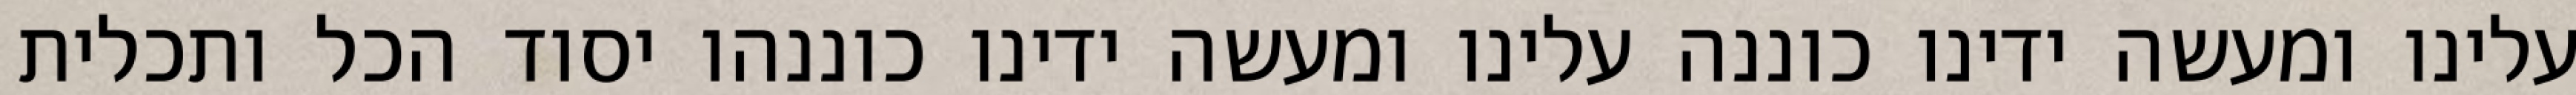
עלינו ומעשה ידינו כוננה עלינו ומעשה ידינו כוננהו יסוד הכל ותכלית